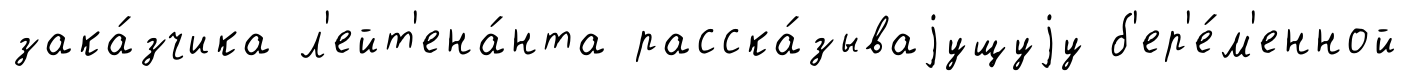
зака́зчика л'ейт'ена́нта расска́зываjущуjу б'ер'е́м'енной